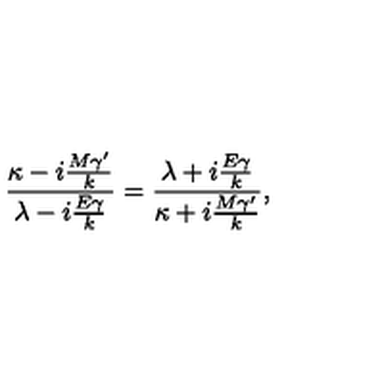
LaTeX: { { \frac { \kappa - i { \frac { M { \gamma } ^ { \prime } } { k } } } { \lambda - i { \frac { E \gamma } { k } } } } } = { { { \frac { \lambda + i { \frac { E \gamma } { k } } } { \kappa + i { \frac { M { \gamma } ^ { \prime } } { k } } } } } } ,